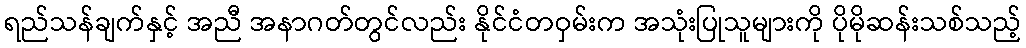
ရည်သန်ချက်နှင့် အညီ အနာဂတ်တွင်လည်း နိုင်ငံတဝှမ်းက အသုံးပြုသူများကို ပိုမိုဆန်းသစ်သည့်